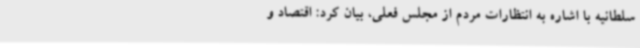
سلطانیه با اشاره به انتظارات مردم از مجلس فعلی، بیان کرد: اقتصاد و